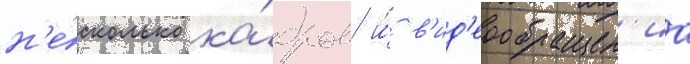
н'е́сколько ка́дров и́ в'ид'еообращен'иа